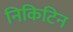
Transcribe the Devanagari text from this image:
निकिटिन